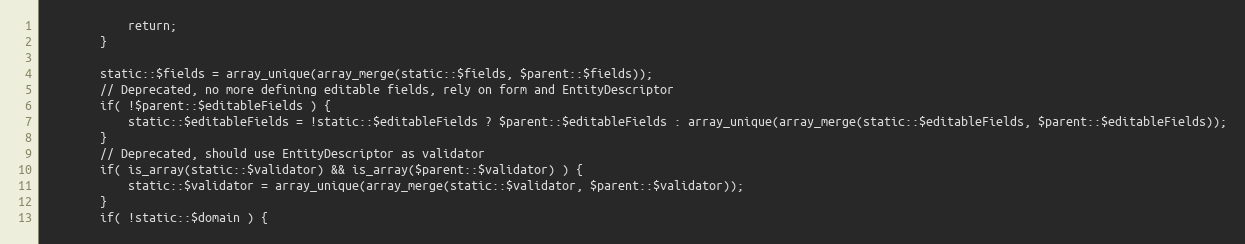
Language: PHP
			return;
		}

		static::$fields = array_unique(array_merge(static::$fields, $parent::$fields));
		// Deprecated, no more defining editable fields, rely on form and EntityDescriptor
		if( !$parent::$editableFields ) {
			static::$editableFields = !static::$editableFields ? $parent::$editableFields : array_unique(array_merge(static::$editableFields, $parent::$editableFields));
		}
		// Deprecated, should use EntityDescriptor as validator
		if( is_array(static::$validator) && is_array($parent::$validator) ) {
			static::$validator = array_unique(array_merge(static::$validator, $parent::$validator));
		}
		if( !static::$domain ) {